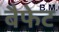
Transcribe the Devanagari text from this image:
बैफेट